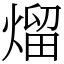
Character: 熘